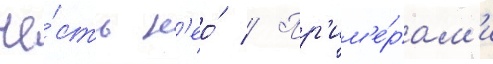
че́сть н'ео́ // Пр'им'е́рам'и